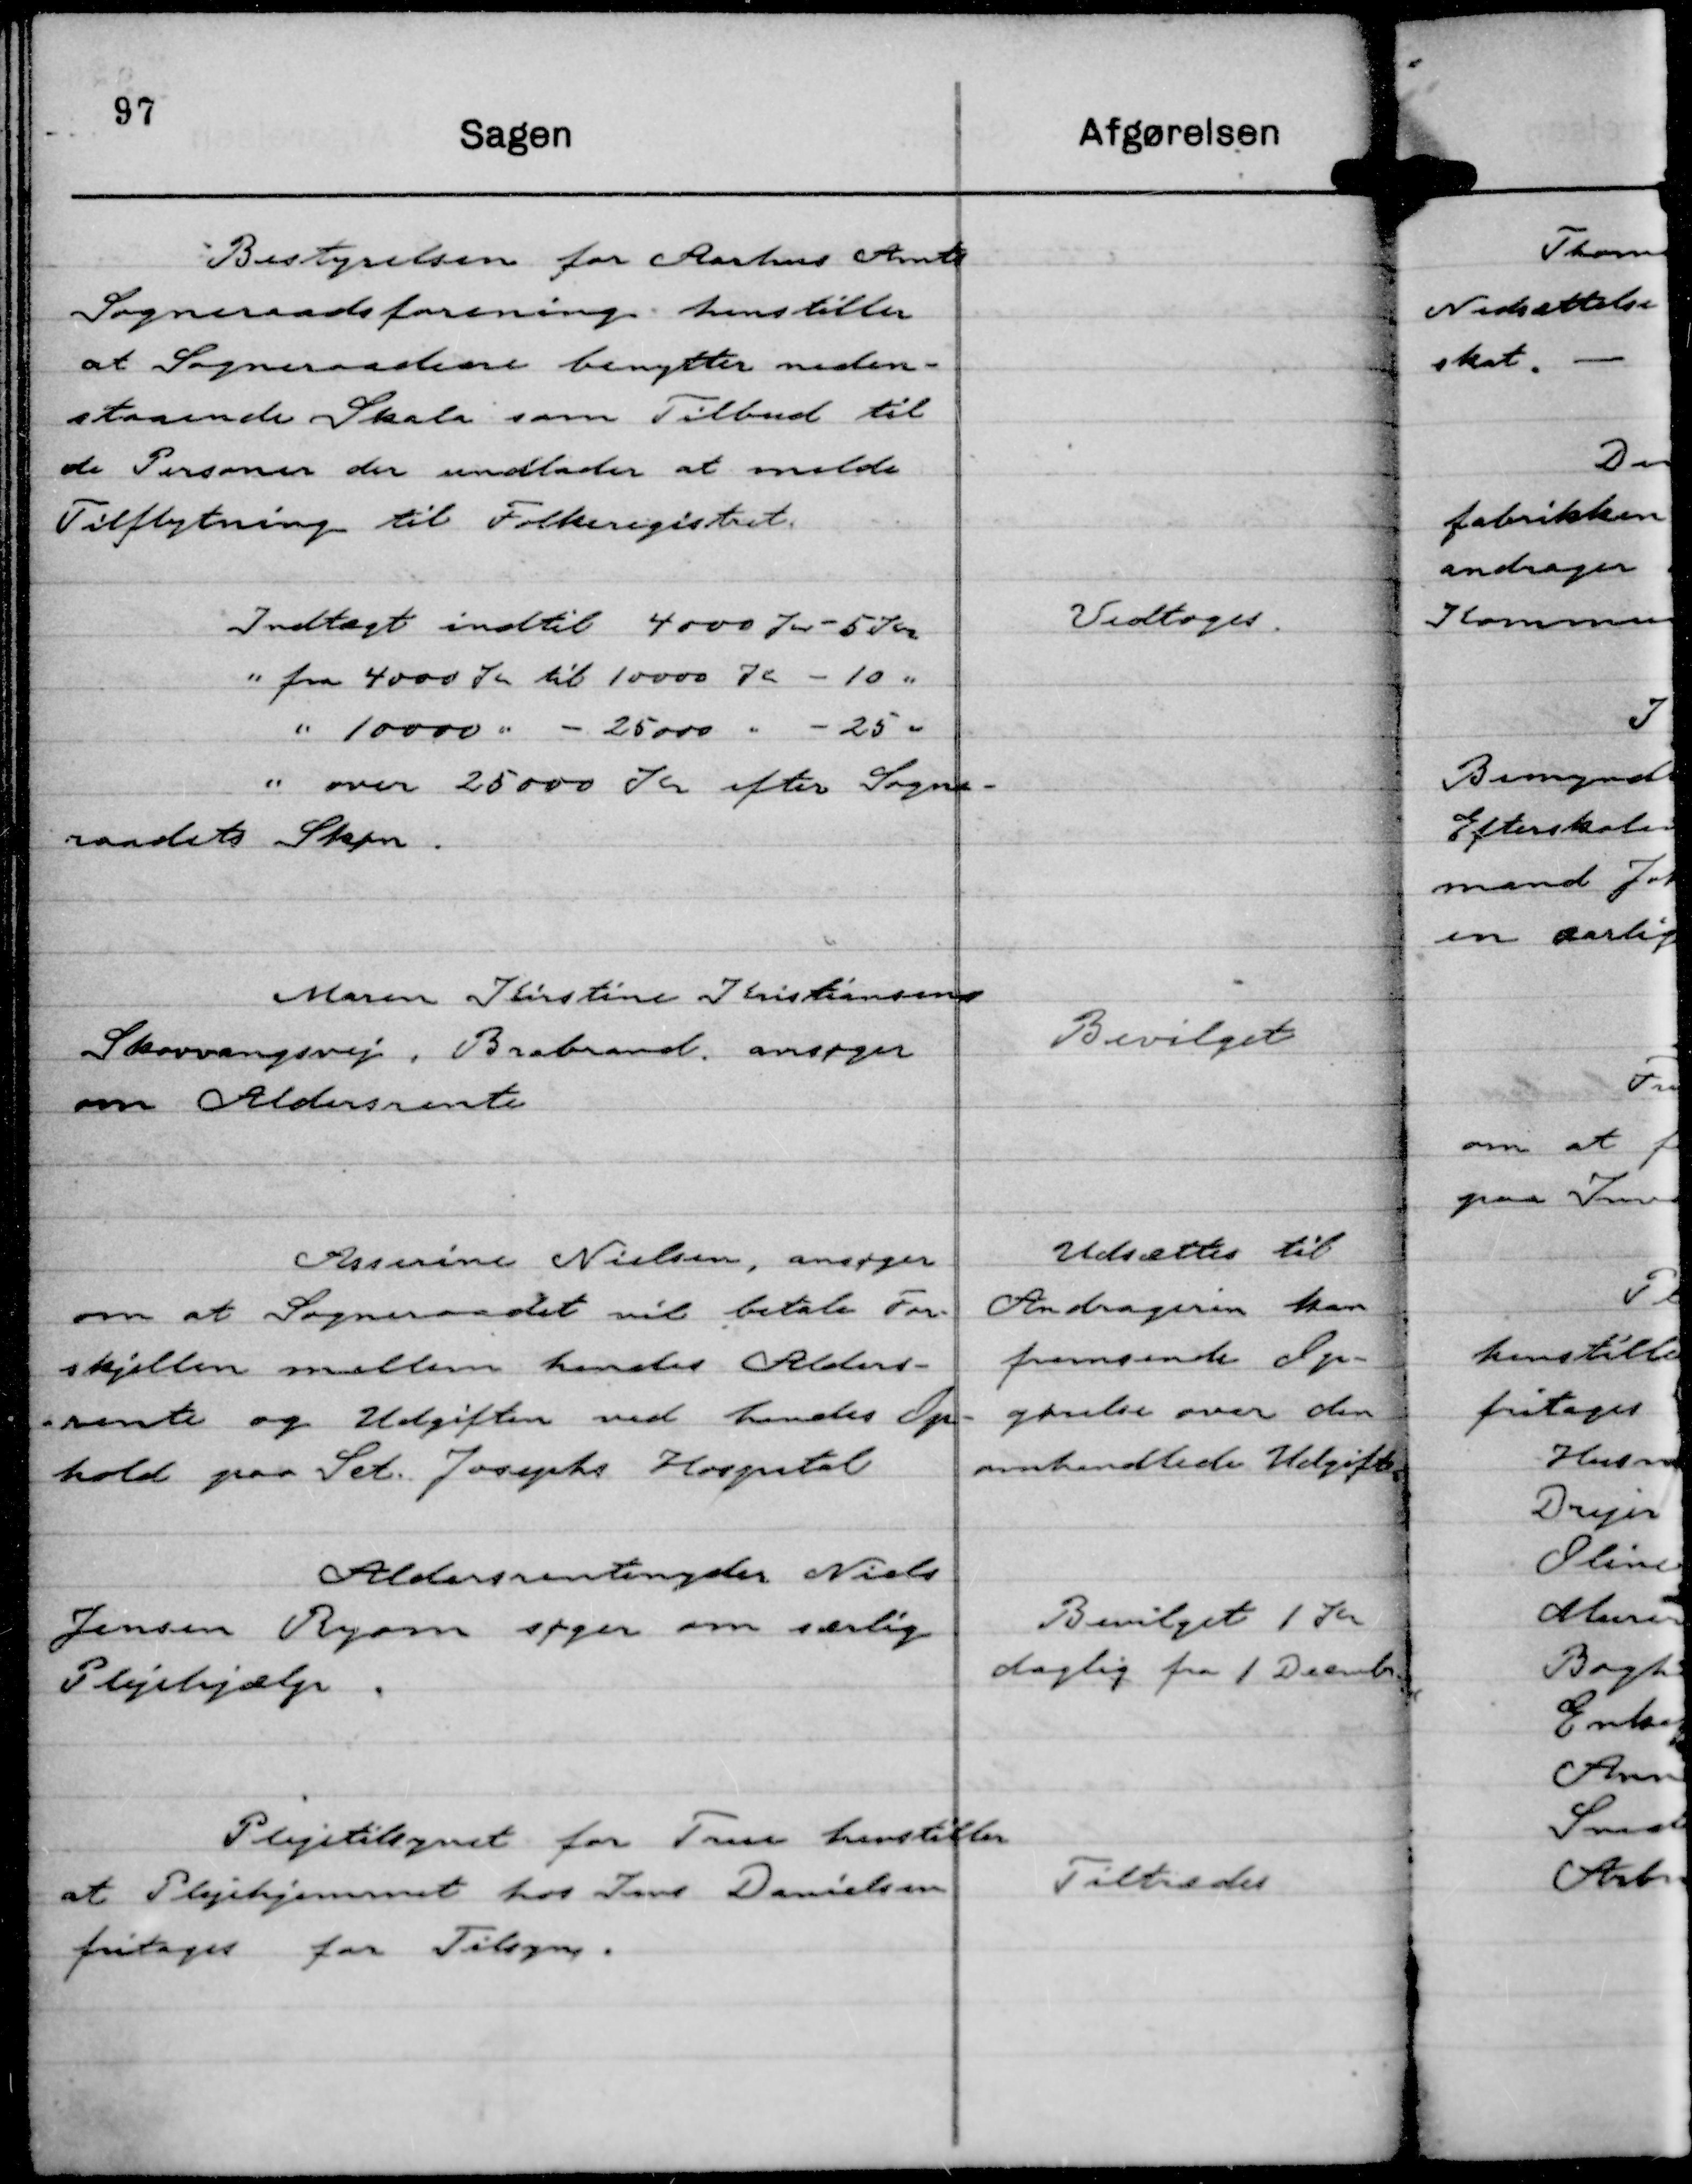
Transskription:
Bestyrelsen for Aarhus Amts
Sogneraadsforening henstiller
at Sogneraadene benytter neden-
staaende Skala som Tilbud til
de Personer der undlader at melde
Tilflytning til Folkeregistret.

Indtægt indtil 4000 Kr - 5 Kr
" fra 4000 Kr til 10000 Kr - 10 "
" 10000 " - 25000 " - 25 "
" over 25000 Kr efter Sogne-
raadets Skøn.

Vedtoges.

Maren Kirstine Kristiansen
Skovvangsvej, Brabrand ansøger
om Aldersrente

Bevilget

Asserine Nielsen, ansøger
om at Sogneraadet vil betale For-
skjellen mellem hendes Alders-
rente og Udgiften ved hendes Op-
hold paa Sct. Josephs Hospital

Udsættes til
Andrageren kan
fremsende Op-
gørelse over den
omhandlede Udgift.

Aldersrentenyder Niels
Jensen Ryom søger om særlig
Plejehjælp.

Bevilget 1 Kr
daglig fra 1 Dcembr.

Plejetilsynet for True henstiller
at Plejehjemmet hos Jens Danielsen
fritages for Tilsyn.

Tiltrædes